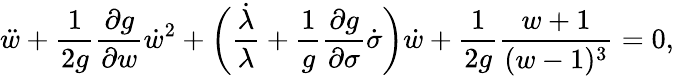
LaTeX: {\ddot{w}}+\frac{1}{2g}\frac{\partial g}{\partial w}{\dot{w}}^{2}+\biggl(\frac{\dot{\lambda}}{\lambda}+\frac{1}{g}\frac{\partial g}{\partial\sigma}\dot{\sigma}\biggr)\dot{w}+\frac{1}{2g}\frac{w+1}{(w-1)^{3}}=0,